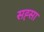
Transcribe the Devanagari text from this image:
सह्सा